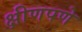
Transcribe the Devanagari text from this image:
क्षीणपणे